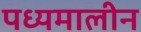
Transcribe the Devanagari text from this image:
पध्यमालीन